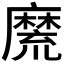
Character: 𪎣